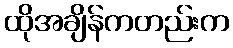
ထိုအချိန်ကတည်းက